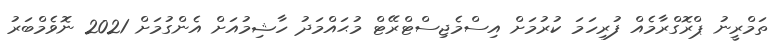
ތަމްރީނު ޕްރޮގްރާމެއް ފުރިހަމަ ކުރުމަށް އިސްމެޖިސްޓްރޭޓް މުޙައްމަދު ހާޝިމުއަށް އެންގުމަށް 2021 ނޮވެމްބަރު